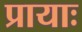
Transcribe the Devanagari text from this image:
प्रायाः